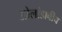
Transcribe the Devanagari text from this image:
ओलांडावीच